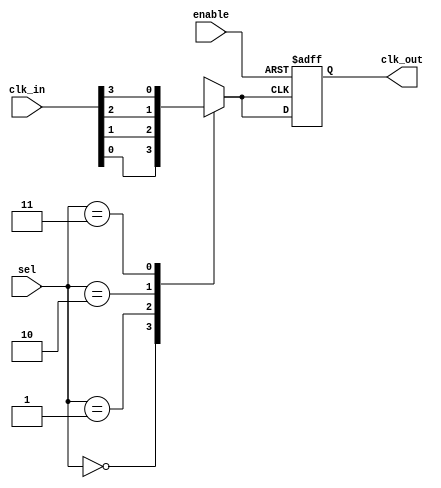
module ClockMultiplexerBuffer #(
    parameter NUM_CLOCKS = 4  // Number of clock inputs (e.g., CLK0, CLK1, CLK2, CLK3)
)(
    input wire [NUM_CLOCKS-1:0] clk_in,   // Clock inputs (e.g., {CLK3, CLK2, CLK1, CLK0})
    input wire [$clog2(NUM_CLOCKS)-1:0] sel, // Selection input to choose which clock to output
    input wire enable,                    // Enable signal
    output reg clk_out                    // Clock output
);

    // Internal signal to hold the selected clock
    reg selected_clk;

    // Multiplexer logic to select the appropriate clock input
    always @(*) begin
        case (sel)
            0: selected_clk = clk_in[0];
            1: selected_clk = clk_in[1];
            2: selected_clk = clk_in[2];
            3: selected_clk = clk_in[3];
            default: selected_clk = 1'b0; // Default case (should not occur)
        endcase
    end

    // Buffering stage with enable control
    always @(posedge selected_clk or negedge enable) begin
        if (!enable) begin
            clk_out <= 1'bz; // High-impedance state when disabled
        end else begin
            clk_out <= selected_clk; // Output the selected clock
        end
    end

endmodule